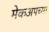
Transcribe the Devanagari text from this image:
मेकअपच्या